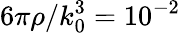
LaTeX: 6\pi\rho/k_{0}^{3}=10^{-2}